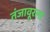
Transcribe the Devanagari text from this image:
तंजावूरला